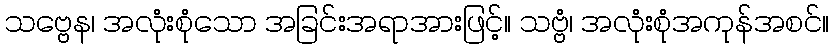
သဗ္ဗေန၊ အလုံးစုံသော အခြင်းအရာအားဖြင့်။ သဗ္ဗံ၊ အလုံးစုံအကုန်အစင်။